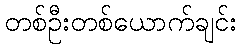
တစ်ဦးတစ်ယောက်ချင်း